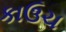
કાઉચ